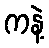
ကနဲ့